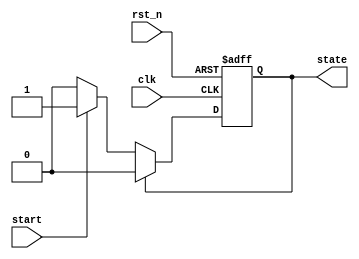
module simple_fsm (
    input wire clk,        // Clock signal
    input wire rst_n,      // Active-low reset signal
    input wire start,      // Input signal to start the state transition
    output reg state       // Output state
);

    // State encoding
    localparam STATE_IDLE = 1'b0;
    localparam STATE_ACTIVE = 1'b1;

    // Sequential logic using non-blocking assignments
    always @(posedge clk or negedge rst_n) begin
        if (!rst_n) begin
            state <= STATE_IDLE; // Reset state to IDLE
        end else begin
            case (state)
                STATE_IDLE: begin
                    if (start) begin
                        state <= STATE_ACTIVE; // Transition to ACTIVE state
                    end
                end
                STATE_ACTIVE: begin
                    // Additional logic can be added here for ACTIVE state
                    state <= STATE_IDLE; // Transition back to IDLE state
                end
                default: begin
                    state <= STATE_IDLE; // Default case to avoid latches
                end
            endcase
        end
    end

endmodule